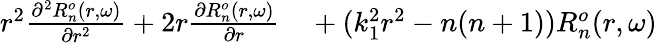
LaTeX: \begin{array}{rl}{r^{2}\frac{\partial^{2}R_{n}^{o}(r,\omega)}{\partial r^{2}}+2r\frac{\partial R_{n}^{o}(r,\omega)}{\partial r}}&{{}+(k_{1}^{2}r^{2}-n(n+1))R_{n}^{o}(r,\omega)}\end{array}